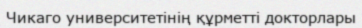
Чикаго университетінің құрметті докторлары